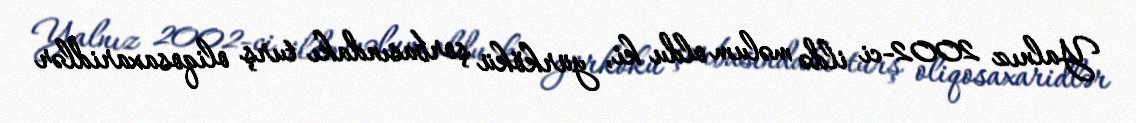
Yalnız 2002-ci ildə məlum oldu ki, yürkökü şorbasındakı turş oliqosaxaridlər